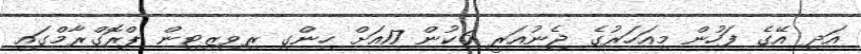
އަދި އޭގެ ފަހުން މިއަހަރުގެ ޖެނުއަރީ 6ކުން 17އަށް ހިންގި ރިވިޒިޓިން ޕްރޮގްރާމްގައި